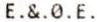
E.&.0.E.